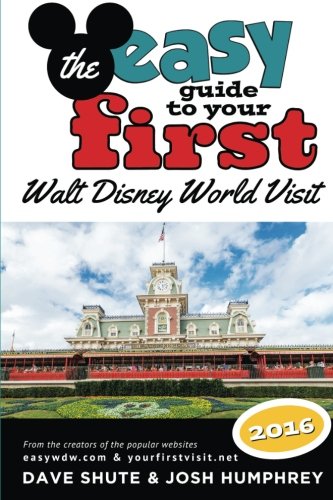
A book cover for The Easy Guide to Your First Walt Disney World Visit 2016; Dave Shute; Travel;